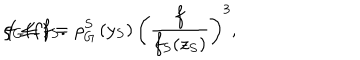
LaTeX: \rho _ { G } ( f ) = \rho _ { G } ^ { S } \left( y _ { S } \right) \left( \frac { f } { f _ { S } ( z _ { S } ) } \right) ^ { 3 } , \hspace { 0 . 5 i n } f \le f _ { S } .